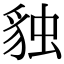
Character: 𧳃